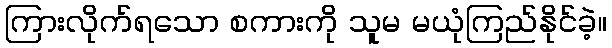
ကြားလိုက်ရသော စကားကို သူမ မယုံကြည်နိုင်ခဲ့။